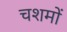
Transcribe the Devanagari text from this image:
चशमों